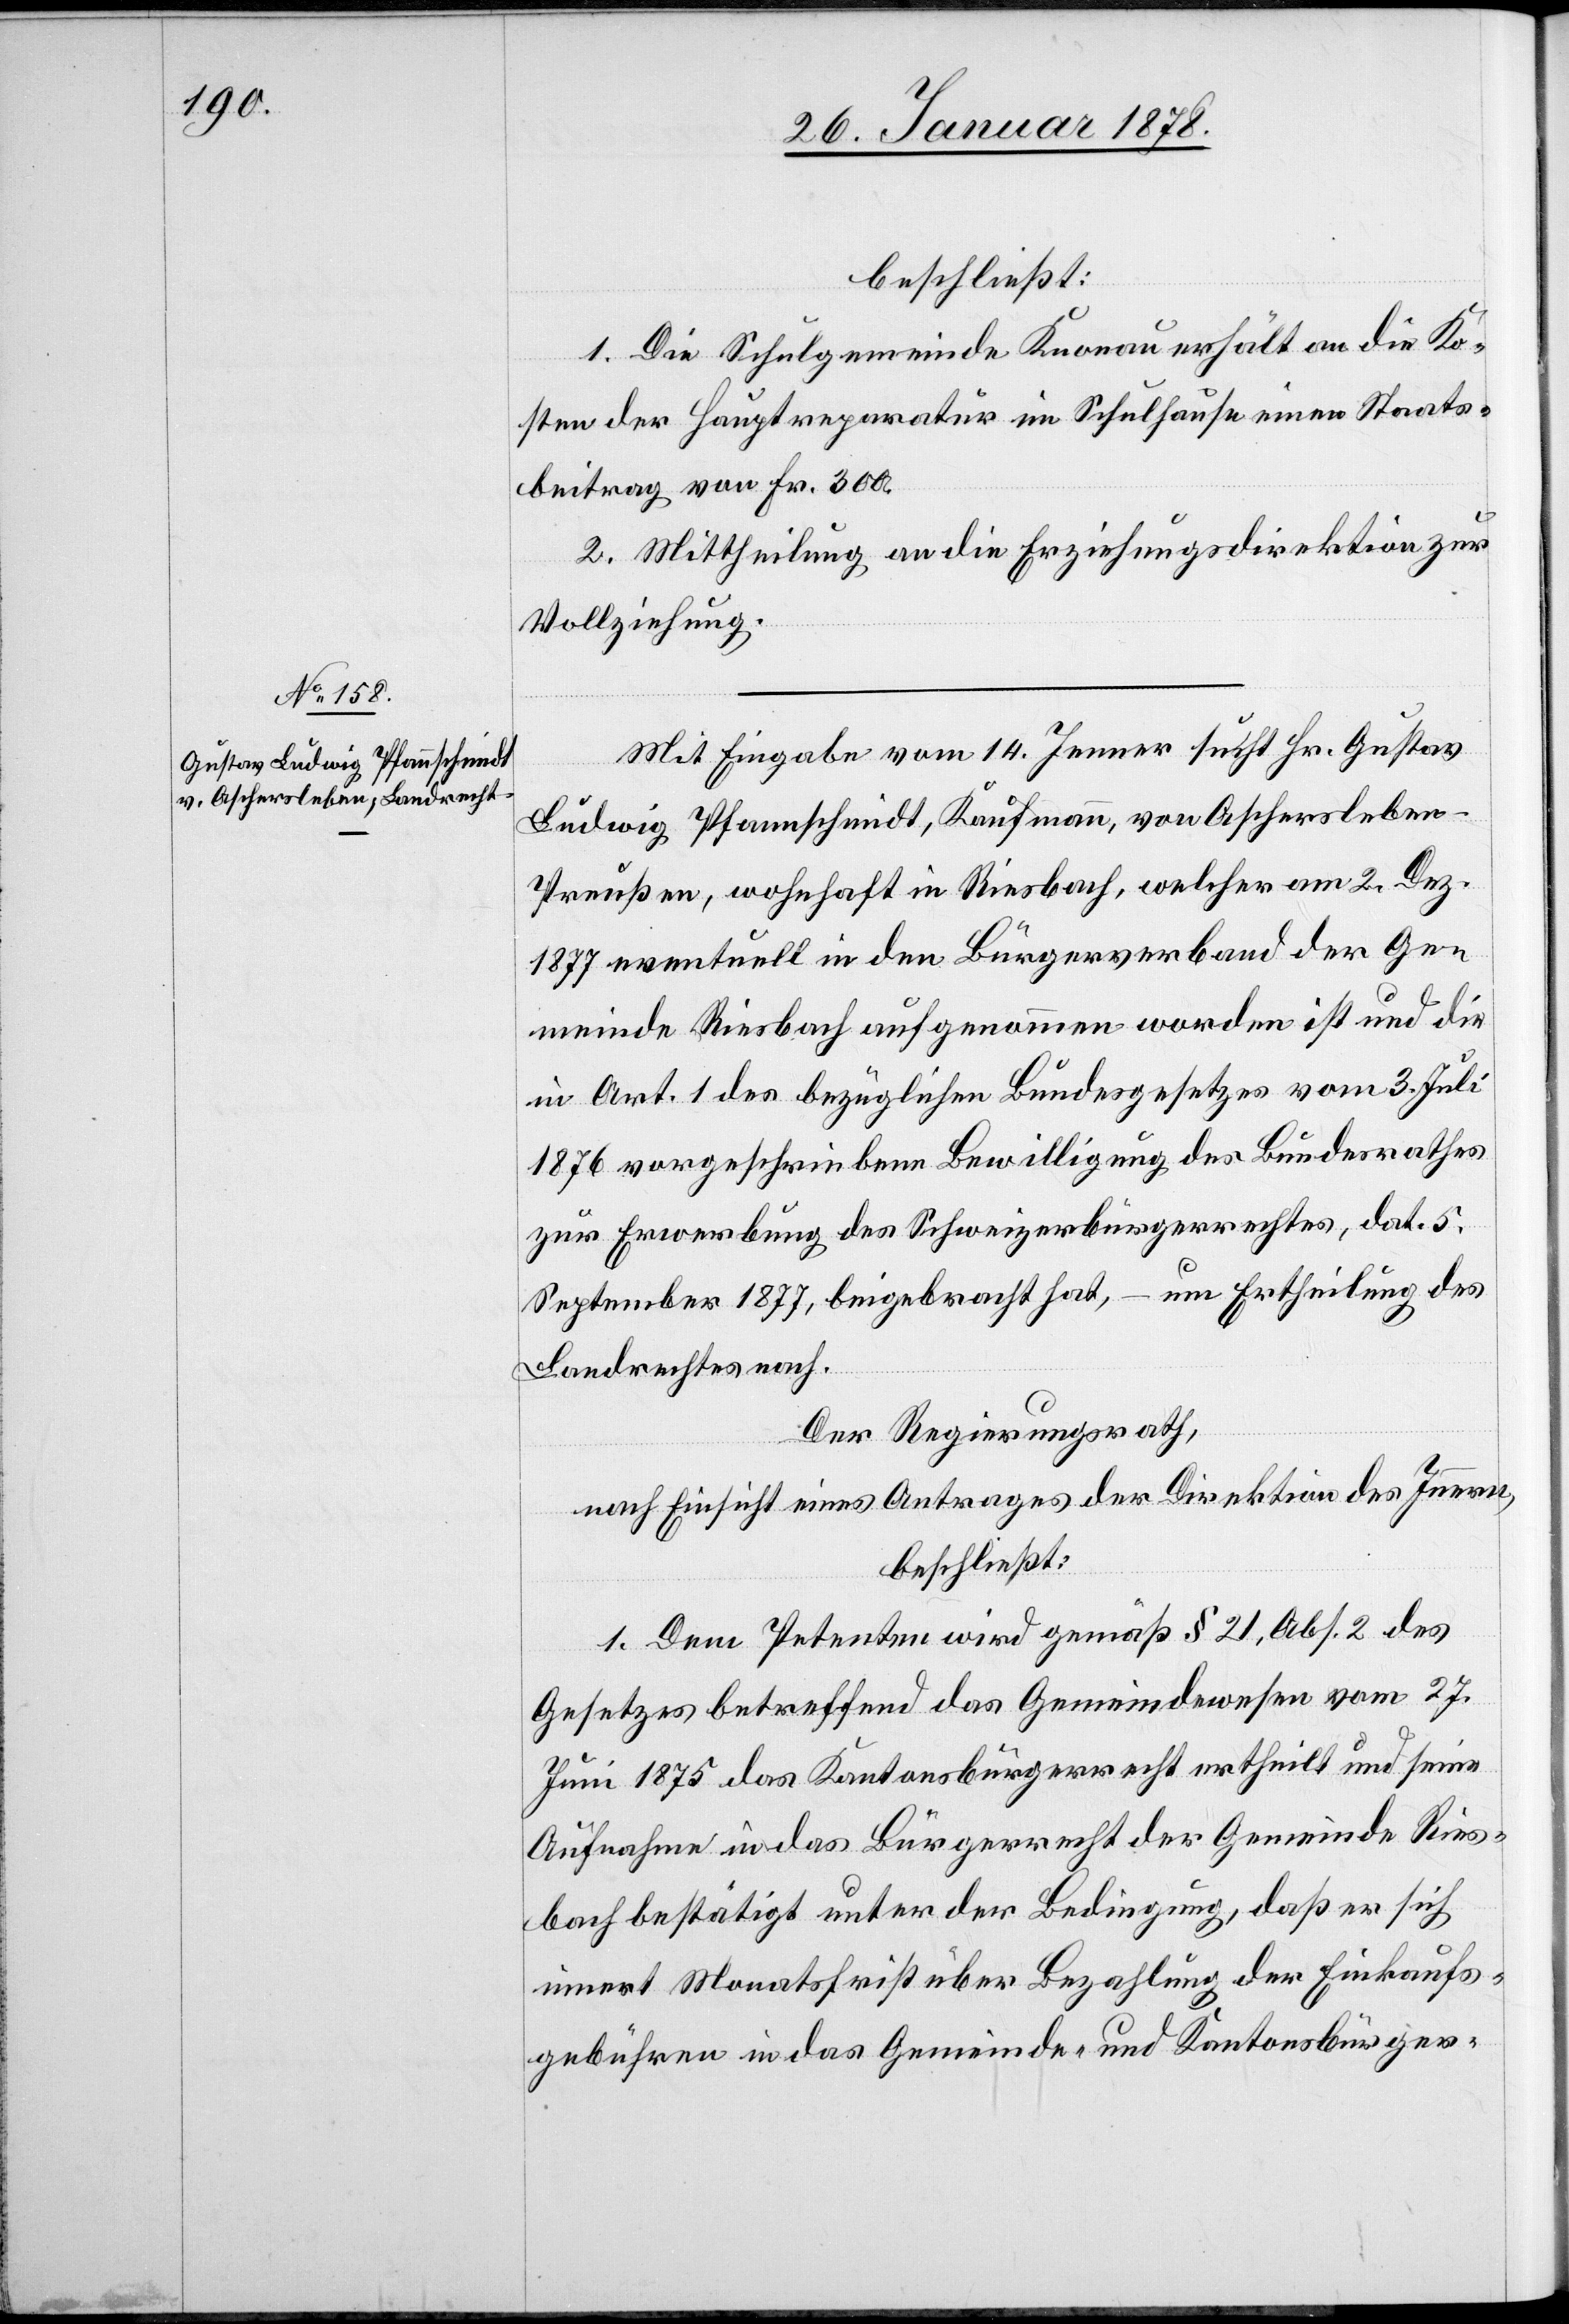
beschließt:
1. Die Schulgemeinde Knonau erhält an die Ko¬
sten der Hauptreparatur im Schulhause einen Staats¬
beitrag von Fr. 300.
2. Mittheilung an die Erziehungsdirektion zur
Vollziehung.
Mit Eingabe vom 14. Jenner sucht Hr. Gustav
Ludwig Pfannschmidt, Kaufmann, von Aschersleben
Preußen, wohnhaft in Riesbach, welcher am 2. Dez.
1877 eventuell in den Bürgerverband der Ge¬
meinde Riesbach aufgenommen worden ist und die
in Art. 1 des bezüglichen Bundesgesetzes vom 3. Juli
1876 vorgeschriebene Bewilligung des Bundesrathes
zur Erwerbung des Schweizerbürgerrechtes, dat. 5.
September 1877, beigebracht hat, – um Ertheilung des
Landrechtes nach.
Der Regierungsrath,
nach Einsicht eines Antrages der Direktion des Innern,
beschließt:
1. Dem Petenten wird gemäß § 21, Abs. 2 des
Gesetzes betreffend das Gemeindewesen vom 27.
Juni 1875 das Kantonsbürgerrecht ertheilt und seine
Aufnahme in das Bürgerrecht der Gemeinde Ries¬
bach bestätigt unter der Bedingung, daß er sich
innert Monatsfrist über Bezahlung der Einkaufs¬
gebühren in das Gemeinde- und Kantonsbürger-